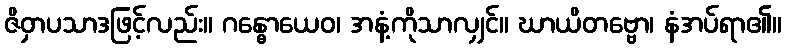
ဇိဝှာပသာဒဖြင့်လည်း။ ဂန္ဓောယေဝ၊ အနံ့ကိုသာလျှင်။ ဃာယိတဗ္ဗော၊ နံအပ်ရာ၏။